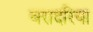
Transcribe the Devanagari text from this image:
बरादरिया